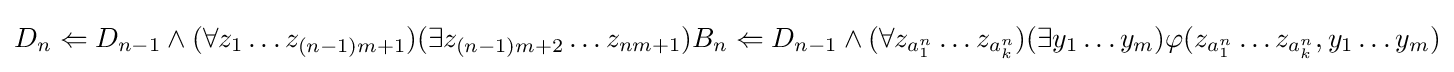
D_{n}\Leftarrow D_{n-1}\wedge (\forall z_{1}\ldots z_{(n-1)m+1})(\exists z_{(n-1)m+2}\ldots z_{nm+1})B_{n}\Leftarrow D_{n-1}\wedge (\forall z_{a_{1}^{n}}\ldots z_{a_{k}^{n}})(\exists y_{1}\ldots y_{m})\varphi (z_{a_{1}^{n}}\ldots z_{a_{k}^{n}},y_{1}\ldots y_{m})